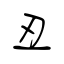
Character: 丑